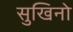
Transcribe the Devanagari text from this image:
सुखिनो